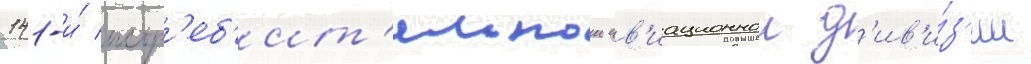
141-и́ истр'еб'ит'ельнои ав'иационнои д'ив'и́з'ии